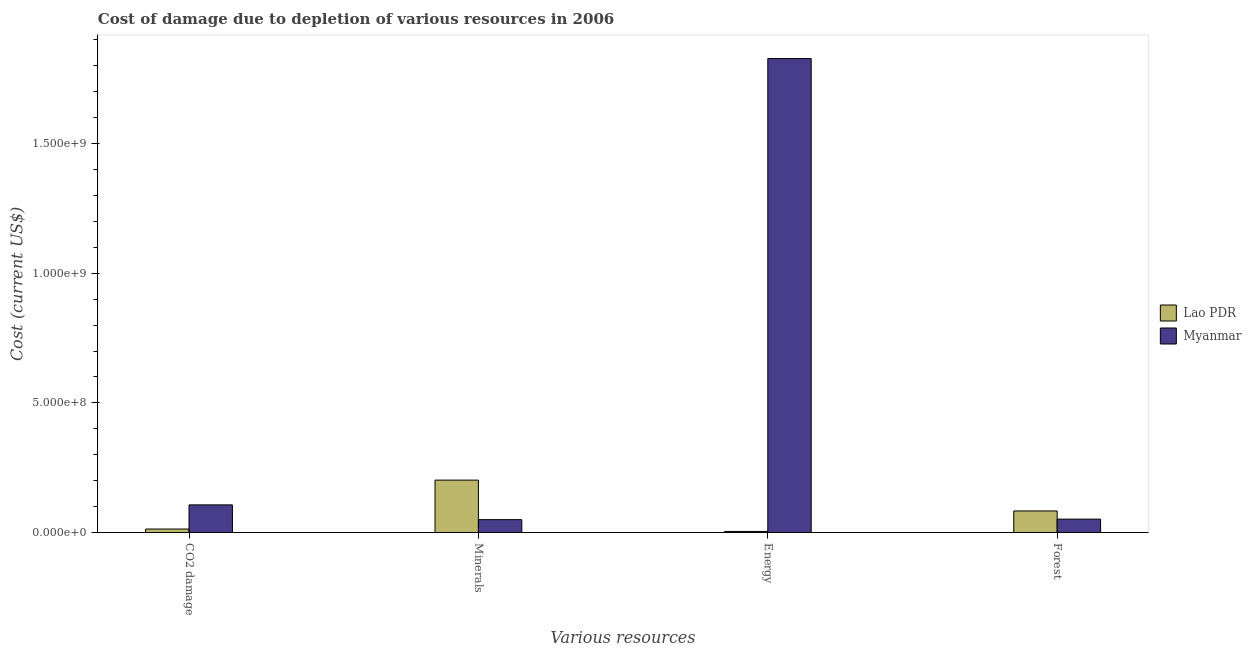
| Various resources | Lao PDR | Myanmar |
 | --- | --- | --- |
 | CO2 damage | 1.33e+07 | 1.06e+08 |
 | Minerals | 2.02e+08 | 4.95e+07 |
 | Energy | 4.01e+06 | 1.83e+09 |
 | Forest | 8.31e+07 | 5.15e+07 |